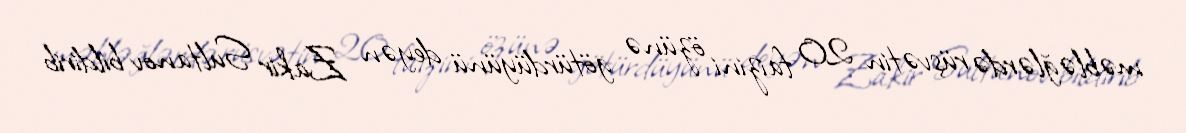
məbləğlərdə rüşvətin 20 faizini özünə götürdüyünü deyən Zakir Sultanov bildirib